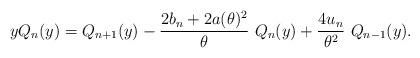
LaTeX: \begin{align*} y Q_n(y) = Q_{n+1}(y) -\frac{2b_n+2a(\theta)^2}{\theta}\ Q_n(y) + \frac{4 u_n}{\theta^2}\ Q_{n-1}(y). \end{align*}